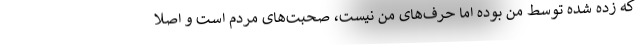
که زده شده توسط من بوده اما حرف‌های من نیست، صحبت‌های مردم است و اصلا